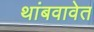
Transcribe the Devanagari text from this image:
थांबवावेत